Annual report on the Civil Veterinary Department, Burma (including the Insein Veterinary School) - 1932-1941
Year: 1932
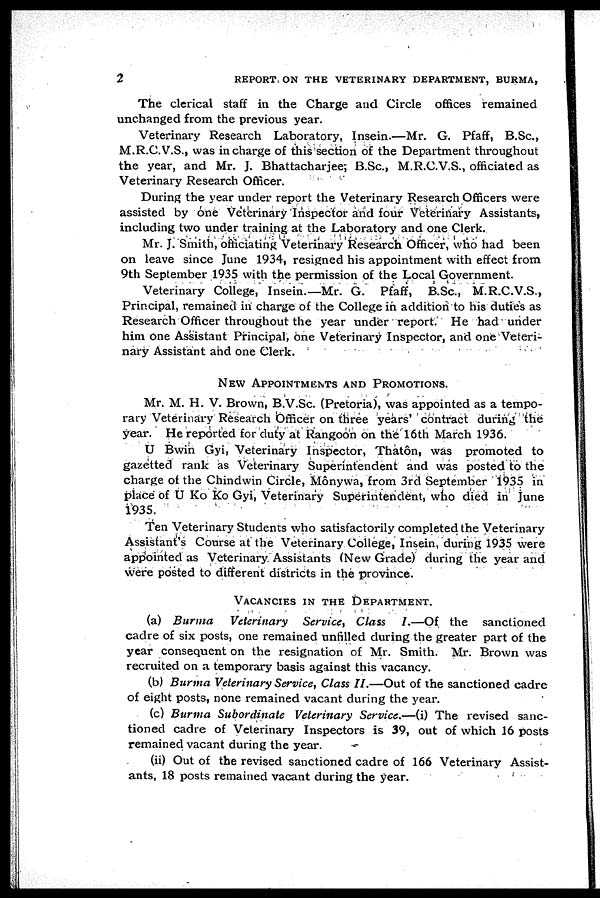
2
REPORT ON THE VETERINARY DEPARTMENT, BURMA,
The clerical staff in the Charge and Circle offices remained
unchanged from the previous year.
Veterinary Research Laboratory, Insein.—Mr. G. Pfaff, B.Sc.,
M.R.C.V.S., was in charge of this section of the Department throughout
the year, and Mr. J. Bhattacharjee, B.Sc., M.R.C.V.S., officiated as
Veterinary Research Officer.
During the year under report the Veterinary Research Officers were
assisted by one Veterinary Inspector and four Veterinary Assistants,
including two under training at the Laboratory and one Clerk.
Mr. J. Smith, officiating Veterinary Research Officer, who had been
on leave since June 1934, resigned his appointment with effect from
9th September 1935 with the permission of the Local Government.
Veterinary College, Insein.—Mr. G. Pfaff, B.Sc., M.R.C.V.S.,
Principal, remained in charge of the College in addition to his duties as
Research Officer throughout the year under report. He had under
him one Assistant Principal, one Veterinary Inspector, and one Veteri-
nary Assistant and one Clerk.
NEW APPOINTMENTS AND PROMOTIONS.
Mr. M. H. V. Brown, B.V.Sc. (Pretoria), was appointed as a tempo-
rary Veterinary Research Officer on three years' contract during the
year. He reported for duty at Rangoon on the 16th March 1936.
U Bwin Gyi, Veterinary Inspector, Thatôn, was promoted to
gazetted rank as Veterinary Superintendent and was posted to the
charge of the Chindwin Circle, Mônywa, from 3rd September 1935 in
place of U Ko Ko Gyi, Veterinary Superintendent, who died in June
1935.
Ten Veterinary Students who satisfactorily completed the Veterinary
Assistant's Course at the Veterinary College, Insein, during 1935 were
appointed as Veterinary. Assistants (New Grade) during the year and
were posted to different districts in the province.
VACANCIES IN THE DEPARTMENT.
(a) Burma
Veterinary Service, Class I.—Of the sanctioned
cadre of six posts, one remained unfilled during the greater part of the
year consequent on the resignation of Mr. Smith. Mr. Brown was
recruited on a temporary basis against this vacancy.
(b) Burma Veterinary Service, Class II.—Out of the sanctioned cadre
of eight posts, none remained vacant during the year.
(c) Burma Subordinate Veterinary Service.—(i) The revised sanc-
tioned cadre of Veterinary Inspectors is 39, out of which 16 posts
remained vacant during the year.
(ii) Out of the revised sanctioned cadre of 166 Veterinary Assist-
ants, 18 posts remained vacant during the year.